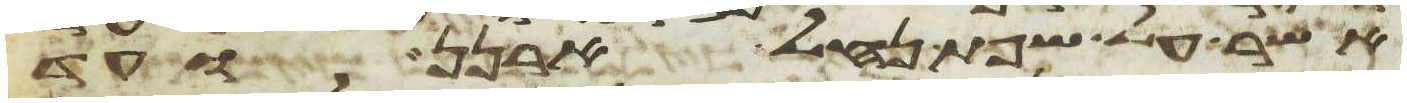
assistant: אשר על שפת נחל ארנן ועד